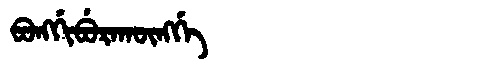
Manchu: ᠪᠣᠩᡤᡳᠪᡠᡵᠠᡴᡡᠩᡤᡝ
Romanization: BONGGIBURAKŪNGGE